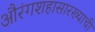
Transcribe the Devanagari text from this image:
औरंगशहासारख्याची